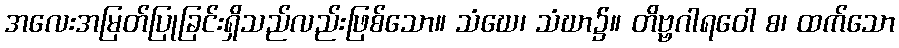
အလေးအမြတ်ပြုခြင်းရှိသည်လည်းဖြစ်သော။ သံဃေ၊ သံဃာ၌။ တိဗ္ဗဂါရဝေါ စ၊ ထက်သော